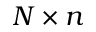
N \times n